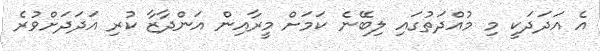
އެ އަދަދަކީ މި މުއްދަތުގައި ލިބޭނެ ކަމަށް މީރާއިން އަންދާޒާ ކުރި އަދަދަށްވުރެ